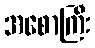
အစောကြီး